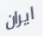
ايران